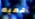
أهميه